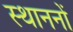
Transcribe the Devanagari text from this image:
स्थाननों